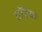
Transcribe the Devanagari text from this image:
टॉल्क